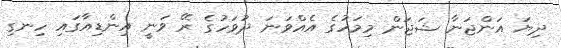
ދިޔަ އަންޖަނާ ޝަޖަން މިމަހުގެ އެއްވަނަ ދުވަހުގެ ރޭ ވަނީ އިންޑިއާގައި ހިނގި